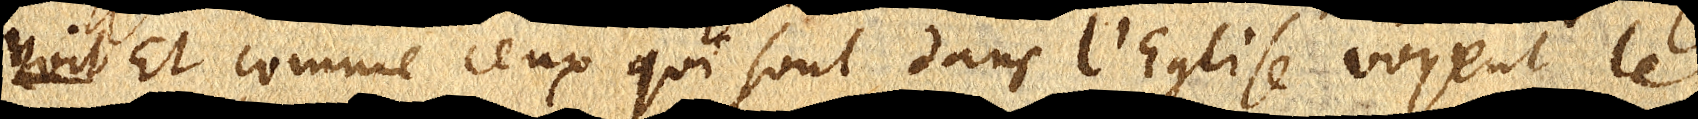
voit Et comme ceux qui sont dans l’Eglise voyent le